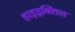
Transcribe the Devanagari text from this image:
हाइड्रक्सिल